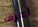
أعرف